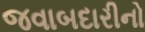
જવાબદારીનો